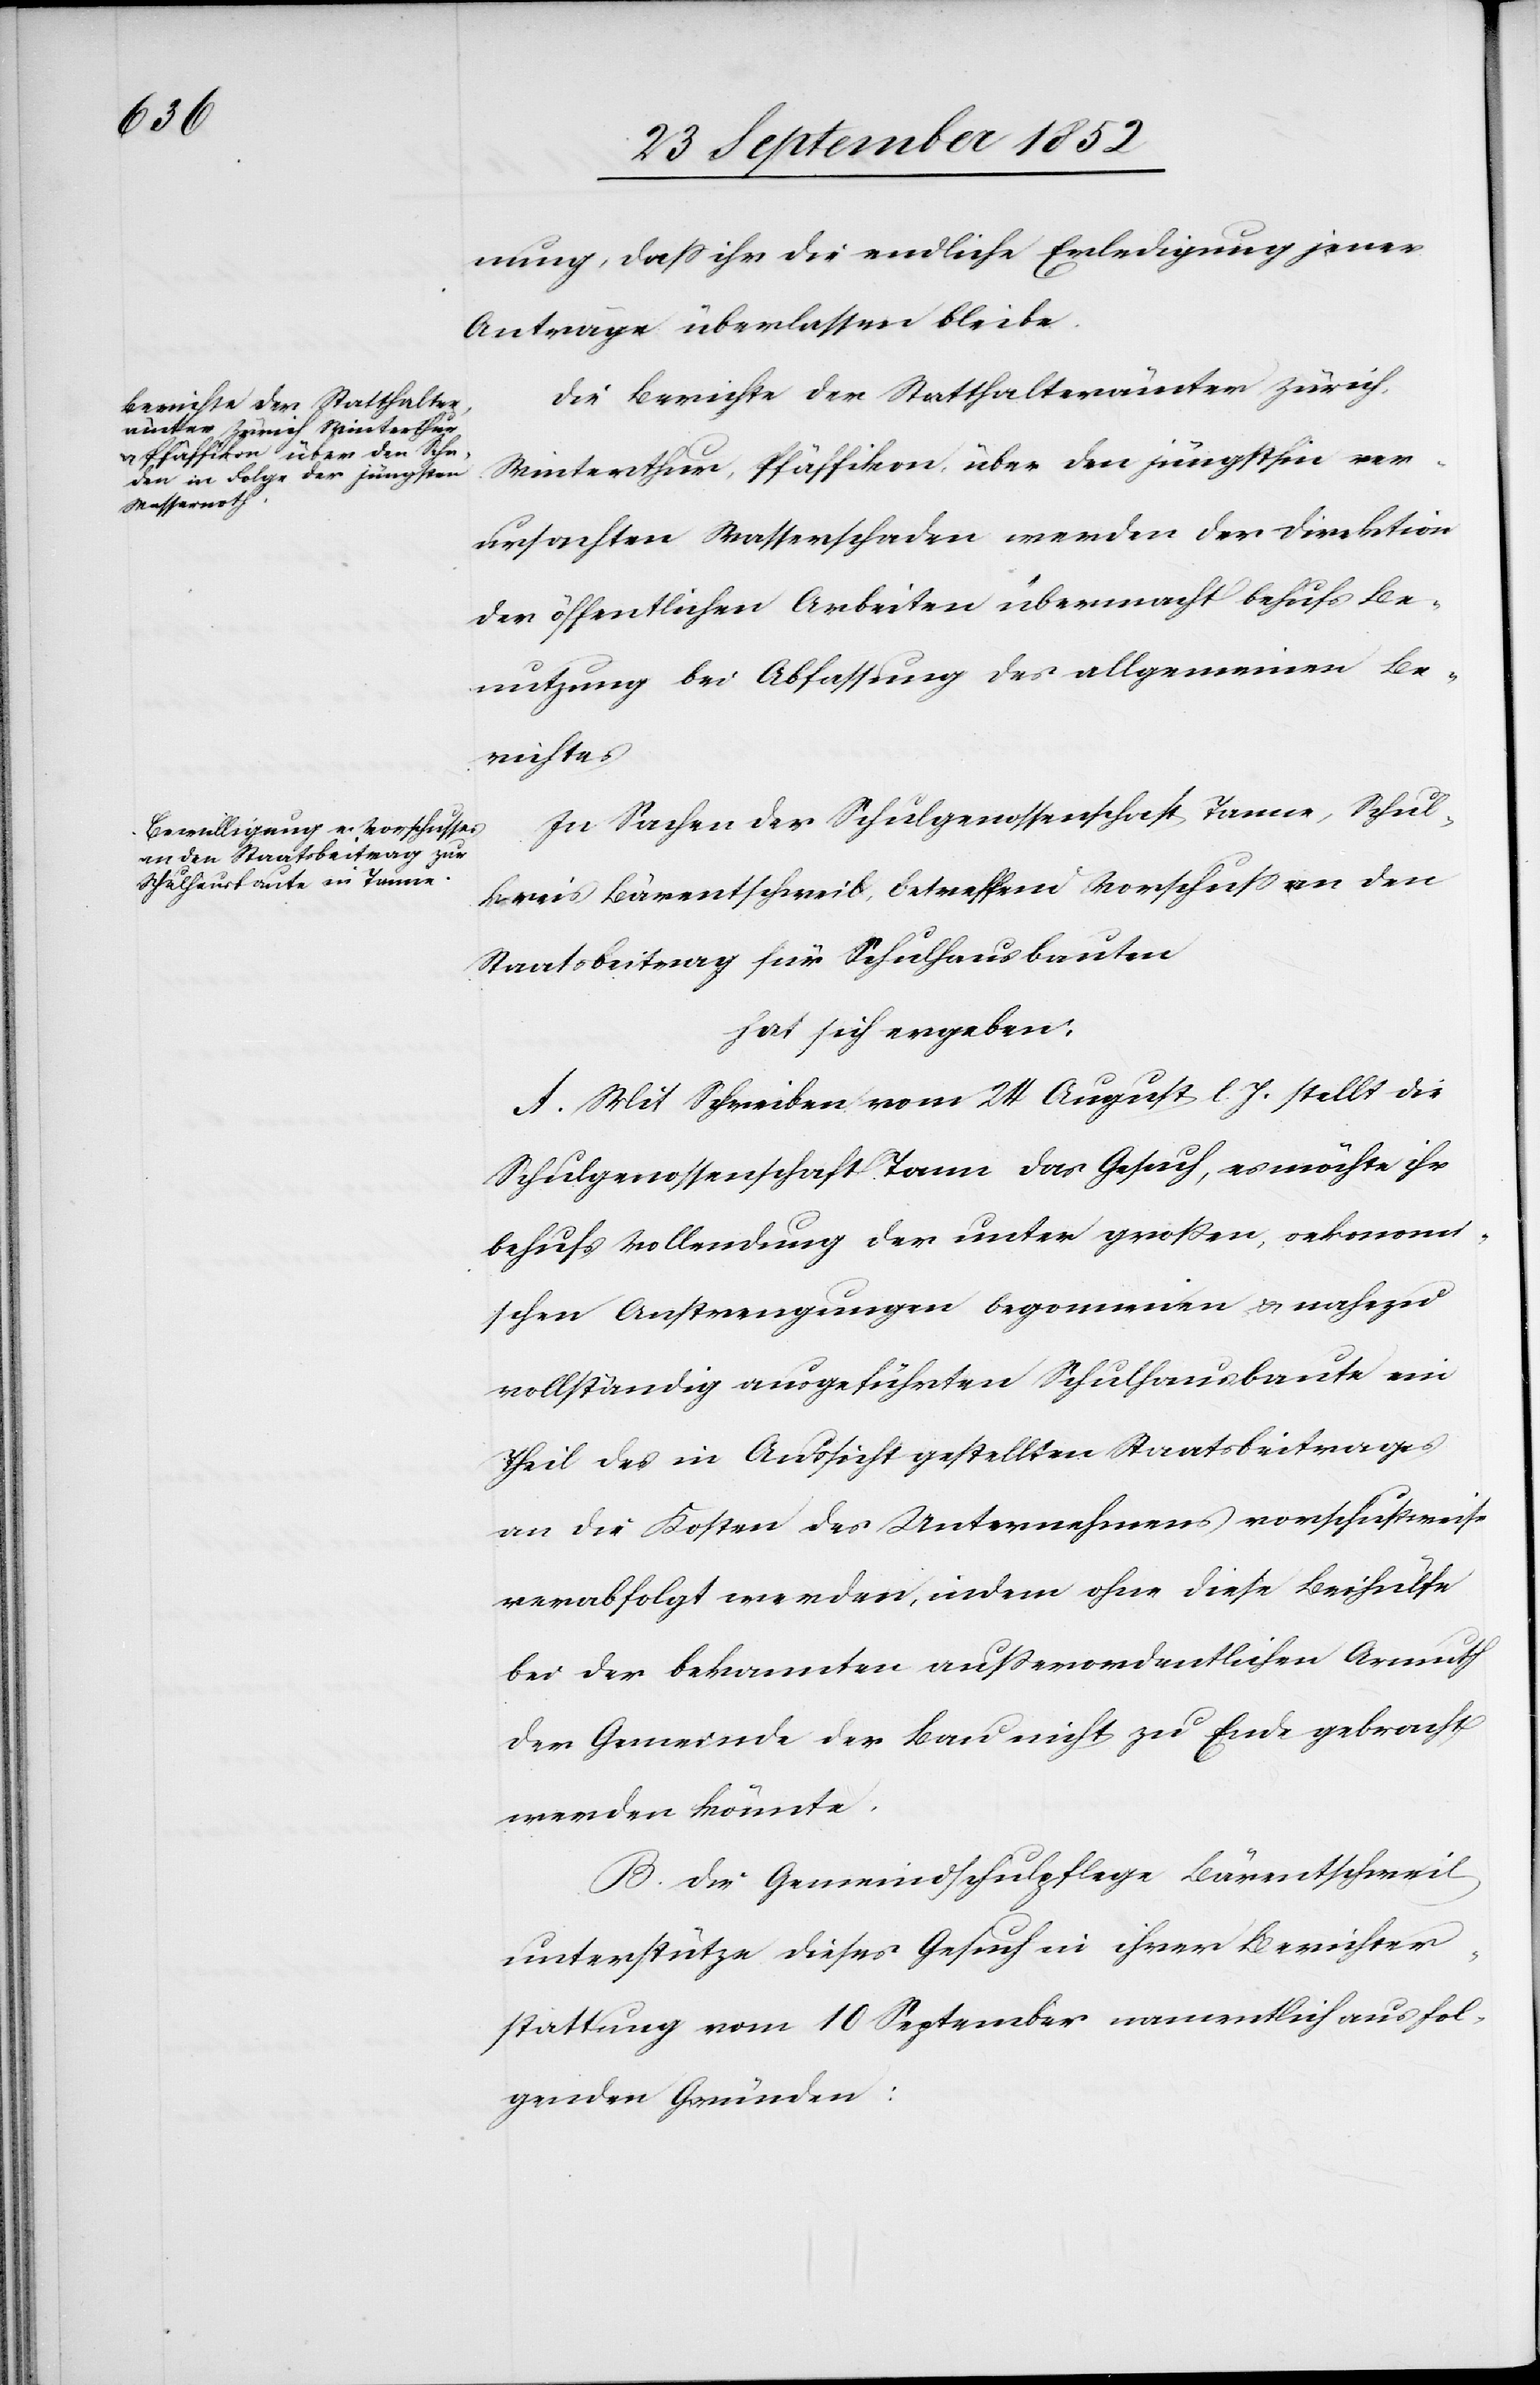
nung, dass ihr die endliche Erledigung jener
Anträge überlassen bleibe.
Die Berichte der Statthalterämter Zürich,
Winterthur, Pfäffikon, über den jüngsthin ver¬
ursachten Wasserschaden werden der Direktion
der öffentlichen Arbeiten übermacht behufs Be¬
nutzung bei Abfassung des allgemeinen Be¬
richtes[.]
In Sachen der Schulgenossenschaft Tanne, Schul¬
kreis Bärentschweil, betreffend Vorschuss an den
Staatsbeitrag für Schulhausbauten
hat sich ergeben:
A. Mit Schreiben vom 24 August l. J. stellt die
Schulgenossenschaft Tann[e] das Gesuch, es möchte ihr
behufs Vollendung der unter großen, oekonomi¬
schen Anstrengungen begonnenen & nahezu
vollständig ausgeführten Schulhausbaute ein
Theil des in Aussicht gestellten Staatsbeitrages
an die Kosten des Unternehmens vorschußweise
verabfolgt werden, indem ohne diese Beihülfe
bei der bekannten außerordentlichen Armuth
der Gemeinde der Bau nicht zu Ende gebracht
werden könnte.
B. Die Gemeindschulpflege Bärentschweil
unterstütze dieses Gesuch in ihrer Berichter¬
stattung vom 10 September namentlich aus fol¬
genden Gründen: